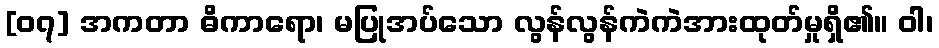
[၀၇] အကတာ ဓိကာရော၊ မပြုအပ်သော လွန်လွန်ကဲကဲအားထုတ်မှုရှိ၏။ ဝါ၊